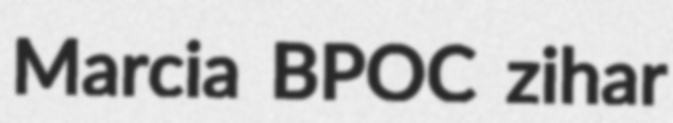
Marcia BPOC zihar